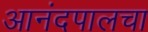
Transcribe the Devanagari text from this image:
आनंदपालचा